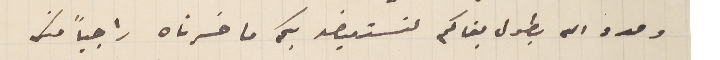
ومدد الله بطول بقاكم لنستعيضه بكم ما خسرناه راجياً منك